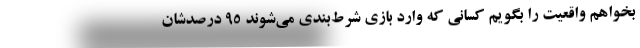
بخواهم واقعیت را بگویم کسانی که وارد بازی شرط‌بندی می‌شوند 95 درصدشان